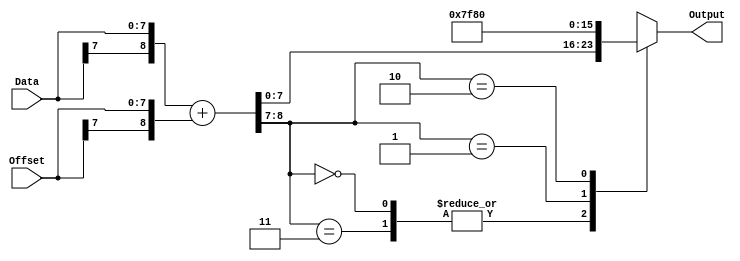
//==============================================================================
// Copyright (C) John-Philip Taylor
// jpt13653903@gmail.com
//
// This file is part of a library
//
// This file is free software: you can redistribute it and/or modify
// it under the terms of the GNU General Public License as published by
// the Free Software Foundation, either version 3 of the License, or
// (at your option) any later version.
// 
// This program is distributed in the hope that it will be useful,
// but WITHOUT ANY WARRANTY; without even the implied warranty of
// MERCHANTABILITY or FITNESS FOR A PARTICULAR PURPOSE.  See the
// GNU General Public License for more details.
// 
// You should have received a copy of the GNU General Public License
// along with this program.  If not, see <http://www.gnu.org/licenses/>
//==============================================================================

module Offset #(
  parameter N = 8)(
 
  input      [N-1:0]Data,   // 2's Compliment
  input      [N-1:0]Offset, // 2's Compliment
 
  output reg [N-1:0]Output);
//------------------------------------------------------------------------------
 
  wire [N:0]sum;
 
  assign sum = {Data[N-1], Data} + {Offset[N-1], Offset};
//------------------------------------------------------------------------------

  always @(*) begin
    case(sum[N:N-1])
      2'b00,
      2'b11: Output <= sum[N-1:0];
      2'b01: Output <= {1'b0, {(N-1){1'b1}}};
      2'b10: Output <= {1'b1, {(N-1){1'b0}}};
      default:;
    endcase
  end
endmodule
//------------------------------------------------------------------------------